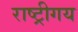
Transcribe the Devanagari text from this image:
राष्ट्रीगय